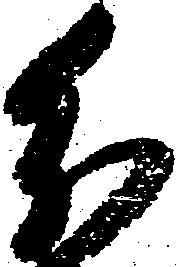
分